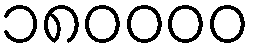
၁၈၀၀၀၀